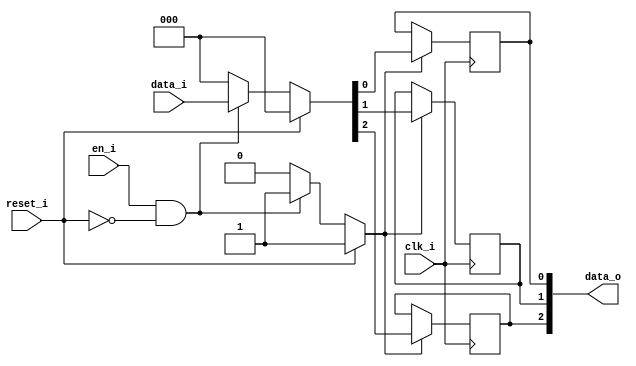
module bsg_dff_reset_en_width_p3_reset_val_p0
(
  clk_i,
  reset_i,
  en_i,
  data_i,
  data_o
);

  input [2:0] data_i;
  output [2:0] data_o;
  input clk_i;
  input reset_i;
  input en_i;
  wire [2:0] data_o;
  wire N0,N1,N2,N3,N4,N5,N6,N7,N8;
  reg data_o_2_sv2v_reg,data_o_1_sv2v_reg,data_o_0_sv2v_reg;
  assign data_o[2] = data_o_2_sv2v_reg;
  assign data_o[1] = data_o_1_sv2v_reg;
  assign data_o[0] = data_o_0_sv2v_reg;

  always @(posedge clk_i) begin
    if(N3) begin
      data_o_2_sv2v_reg <= N6;
    end 
  end


  always @(posedge clk_i) begin
    if(N3) begin
      data_o_1_sv2v_reg <= N5;
    end 
  end


  always @(posedge clk_i) begin
    if(N3) begin
      data_o_0_sv2v_reg <= N4;
    end 
  end

  assign N3 = (N0)? 1'b1 : 
              (N8)? 1'b1 : 
              (N2)? 1'b0 : 1'b0;
  assign N0 = reset_i;
  assign { N6, N5, N4 } = (N0)? { 1'b0, 1'b0, 1'b0 } : 
                          (N8)? data_i : 1'b0;
  assign N1 = en_i | reset_i;
  assign N2 = ~N1;
  assign N7 = ~reset_i;
  assign N8 = en_i & N7;

endmodule